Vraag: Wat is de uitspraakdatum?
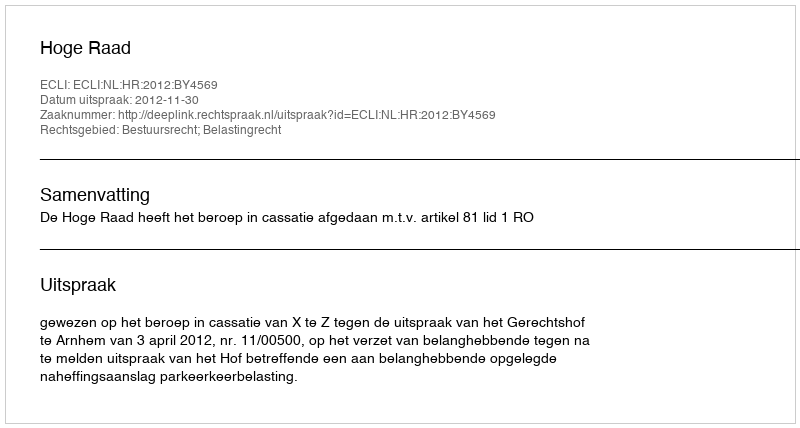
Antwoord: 2012-11-30